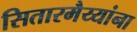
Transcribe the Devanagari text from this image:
सितारमैय्यांना